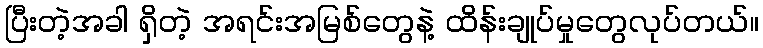
ပြီးတဲ့အခါ ရှိတဲ့ အရင်းအမြစ်တွေနဲ့ ထိန်းချုပ်မှုတွေလုပ်တယ်။